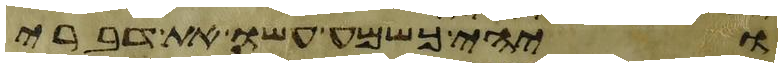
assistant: ויהי כשמע עשו את דברי